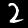
Digit: 2